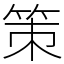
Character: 策